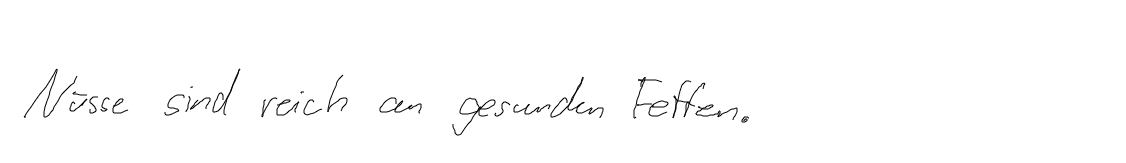
Nüsse sind reich an gesunden Fetten.